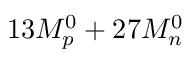
1 3 M _ { p } ^ { 0 } + 2 7 M _ { n } ^ { 0 }